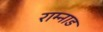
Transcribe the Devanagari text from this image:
राम्नाड